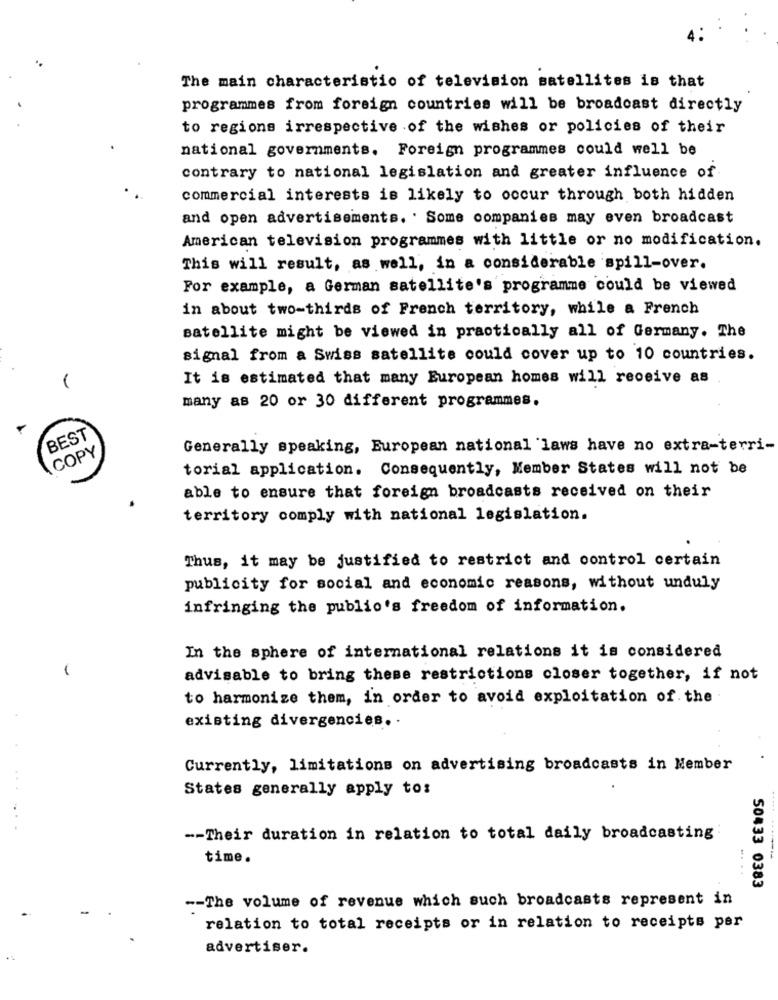
The main characteristic of television satellites is that
programmes from foreign countries will be broadcast directly
to regions irrespective of the wishes or policies of their
national governments. Foreign programmes could well be
contrary to national legislation and greater influence of
commercial interests is likely to occur through both hidden
and open advertisements. . Some companies may even broadcast
American television programmes with little or no modification.
This will result, as well, in a considerable spill-over.
For example, a German satellite's programme could be viewed
in about two-thirds of French territory, while a French
satellite might be viewed in practically all of Germany. The
signal from a Swiss satellite could cover up to 10 countries.
It is estimated that many European homes will receive as
many as 20 or 30 different programmes.
BEST
COPY
Generally speaking, European national laws have no extra-terri-
torial application. Consequently, Member States will not be
able to ensure that foreign broadcasts received on their
territory comply with national legislation.
Thus, it may be justified to restrict and control certain
publicity for social and economic reasons, without unduly
infringing the publio's freedom of information.
In the sphere of international relations it is considered
advisable to bring these restrictions closer together, if not
to harmonize them, in order to avoid exploitation of the
existing divergencies. .
Currently, limitations on advertising broadcasts in Member
States generally apply to:
-- Their duration in relation to total daily broadcasting
time.
50433 0383
-- The volume of revenue which such broadcasts represent in
relation to total receipts or in relation to receipts per
advertiser.